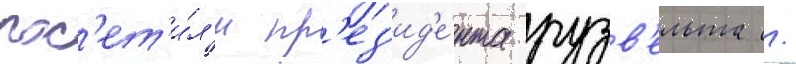
пос'ет'и́л'и пр'ез'ид'е́нта рузв'ельта /